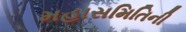
મહાસમિતિની